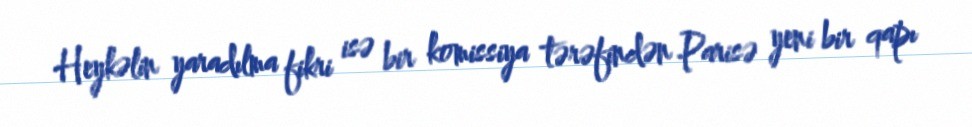
Heykəlin yaradılma fikri isə bir komissiya tərəfindən Parisə yeni bir qapı